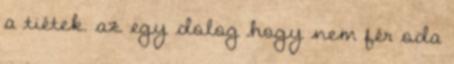
a tiétek. az egy dolog hogy nem fér oda